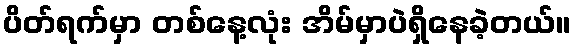
ပိတ်ရက်မှာ တစ်နေ့လုံး အိမ်မှာပဲရှိနေခဲ့တယ်။